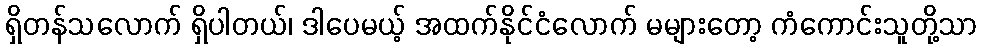
ရှိတန်သလောက် ရှိပါတယ်၊ ဒါပေမယ့် အထက်နိုင်ငံလောက် မများတော့ ကံကောင်းသူတို့သာ